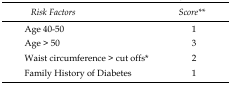
<table><thead><tr><td><b> <i>Risk Factors</i></b></td><td><b><i>Score**</i></b></td></tr></thead><tbody><tr><td>Age 40-50</td><td>1</td></tr><tr><td>Age &gt; 50</td><td>3</td></tr><tr><td>Waist circumference &gt; cut offs*</td><td>2</td></tr><tr><td>Family History of Diabetes</td><td>1</td></tr></tbody></table>